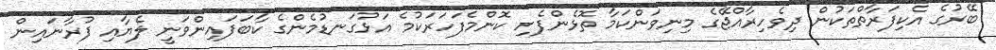
ބޭރުގެ އެކިފަރާތްތަކުން ދިވެހިރާއްޖޭގެ މިނިވަންކަމާ ތޮޅެންފެށި ކޮންމެފަހަރަކުމެ އަޅުގަނޑުމެންގެ ކާބަފައިންވަނީ ލެޔާއި ފުރާނައިން